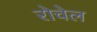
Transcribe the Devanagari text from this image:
रोचेल